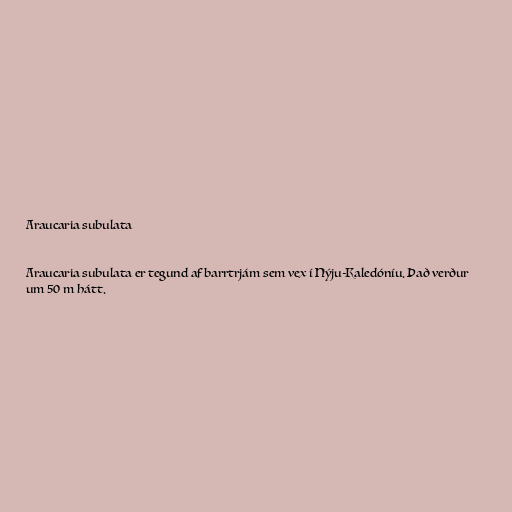
Araucaria subulata

Araucaria subulata er tegund af barrtrjám sem vex í Nýju-Kaledóníu. Það verður
um 50 m hátt.